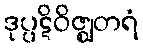
ဒုပ္ပဋိဝိဇ္ဈတရံ